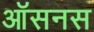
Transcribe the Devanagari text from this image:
ऑसनस